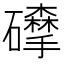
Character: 𥗘